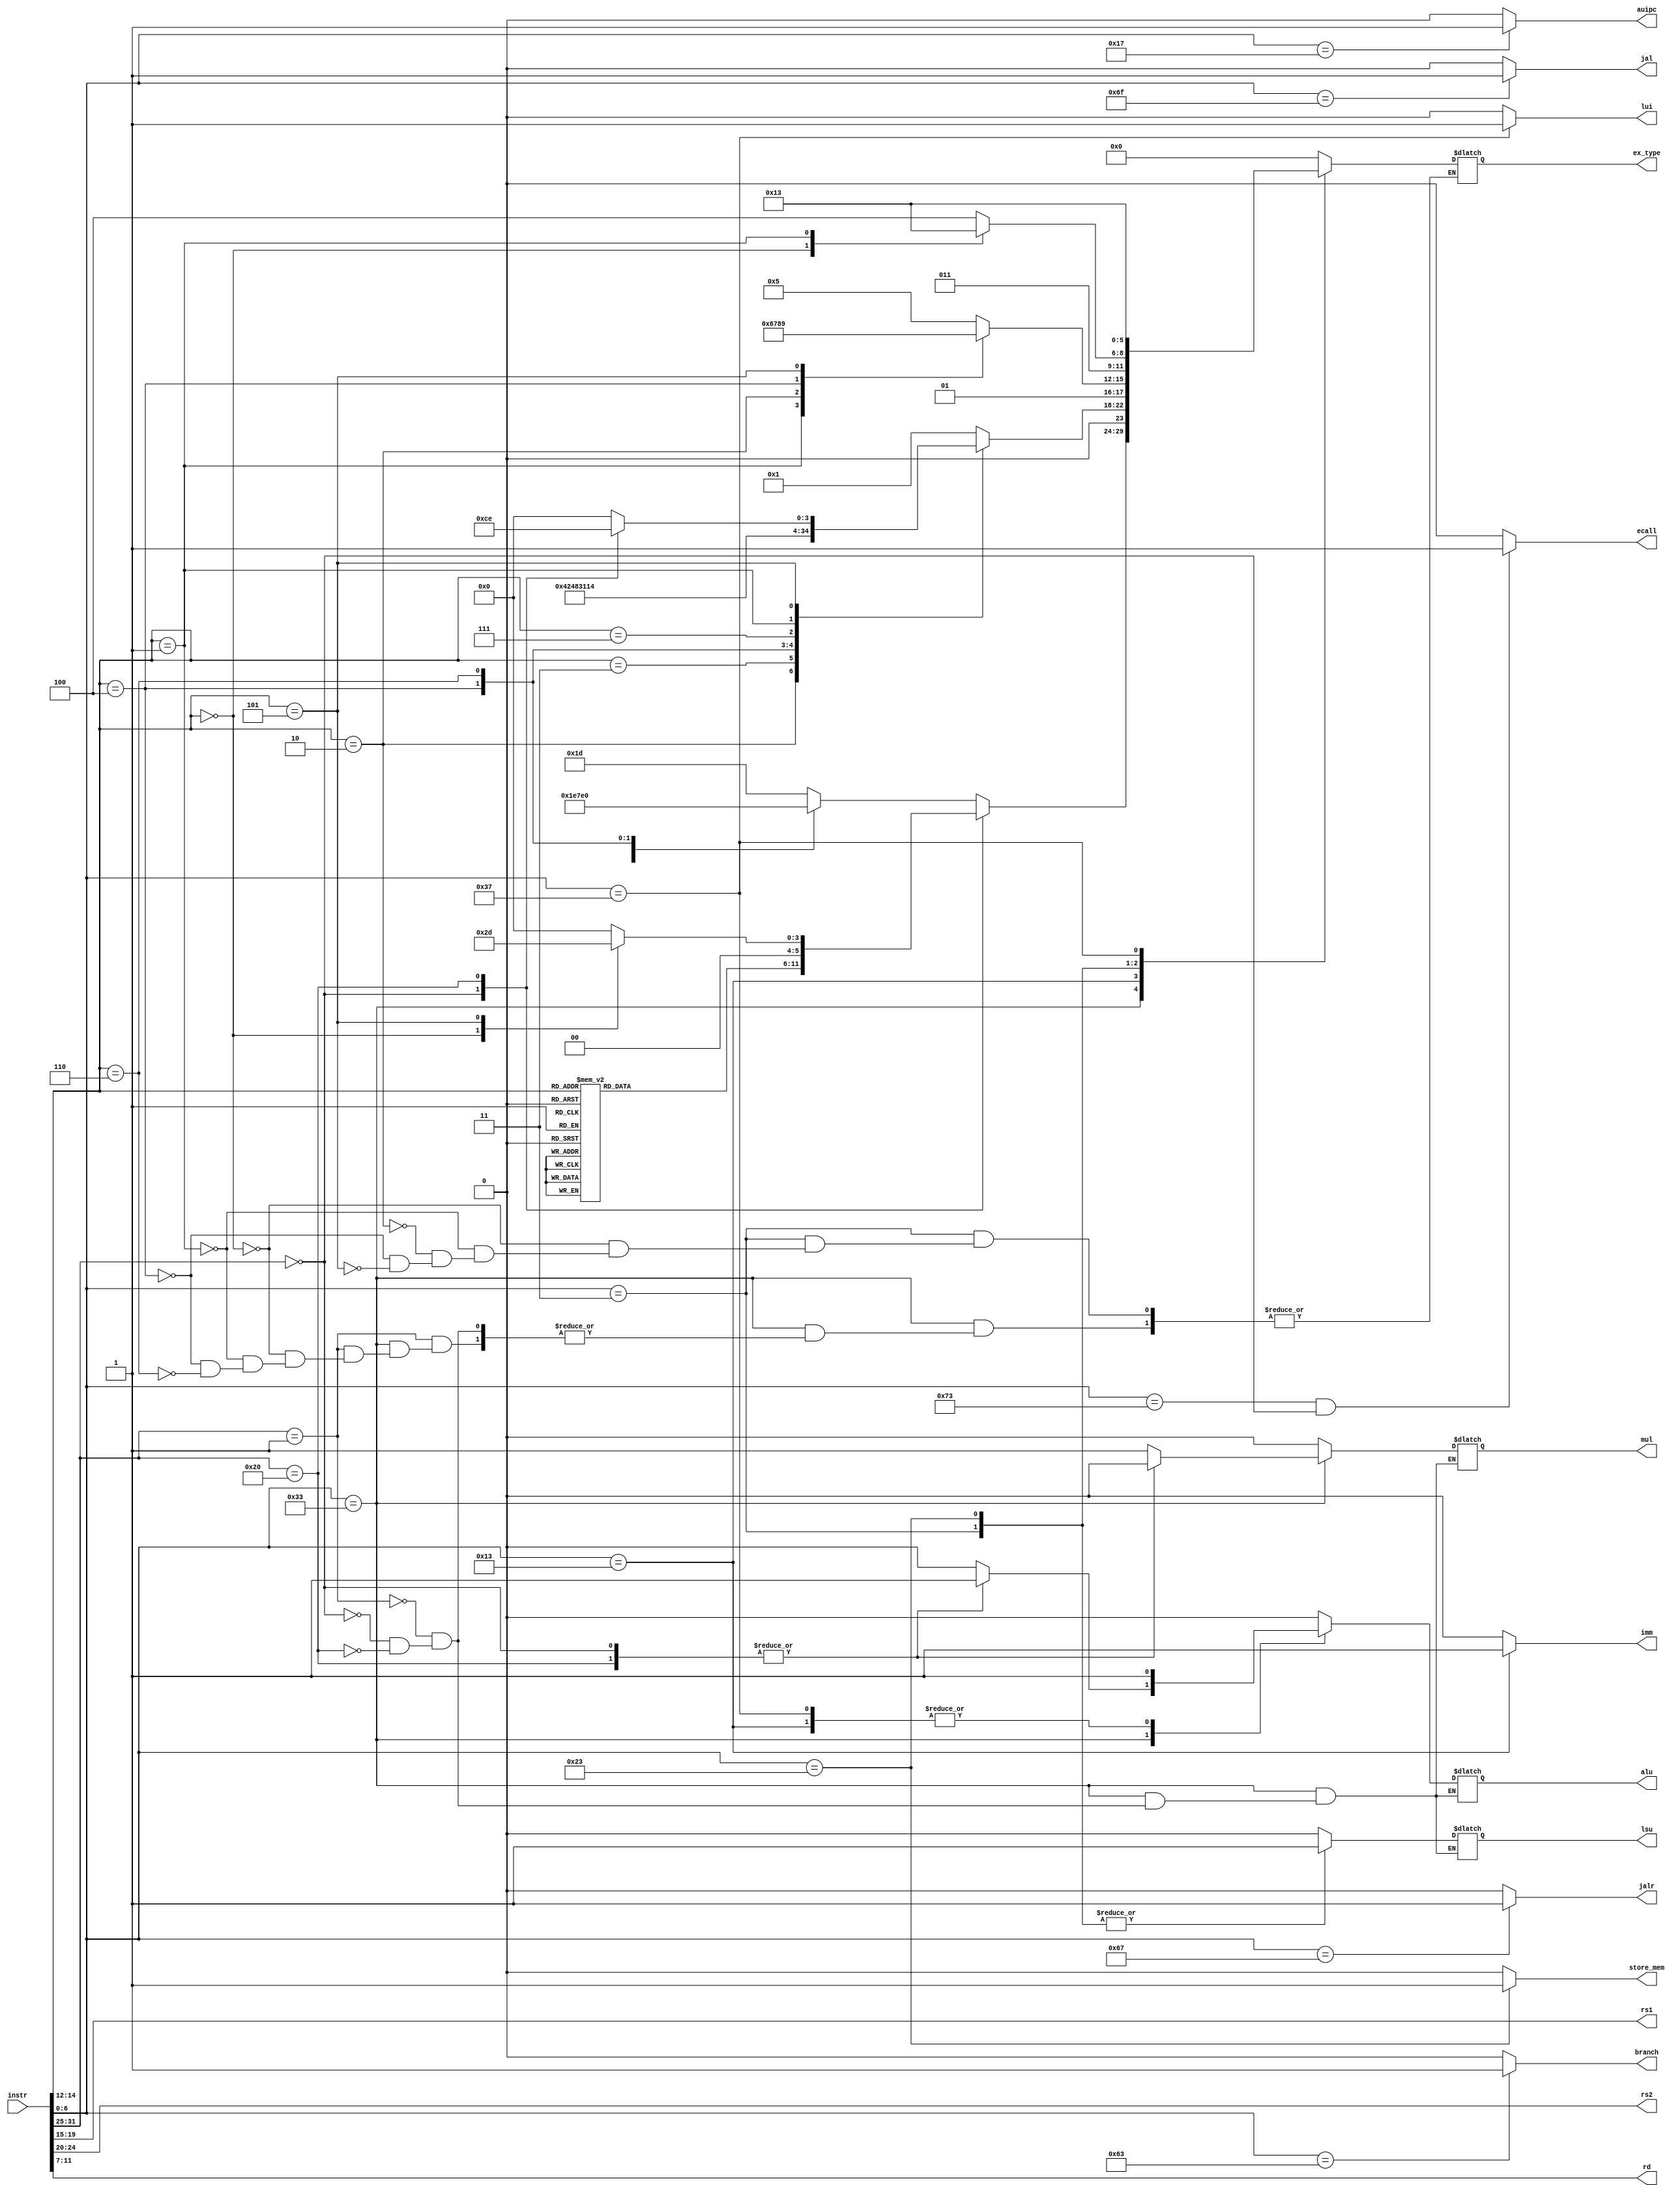

module Instr_Decode(
	// Input signals
	input wire [31:0] instr,

	// Output signals	
	output wire [4:0] rs1,
	output wire [4:0] rs2,
	output wire [4:0] rd,
	output reg alu,
	output reg mul,
	output reg lsu,
	output wire jal,
	output wire jalr,
	output wire branch,
	output wire auipc,
	output reg imm,
	output wire lui,
	output wire ecall,
	output wire store_mem,
	output reg [5:0] ex_type
);

	wire [6:0] opcode = instr[6:0];
	wire [2:0] funct3 = instr[14:12];
	wire [6:0] funct7 = instr[31:25];

	always @(*) begin
		case(opcode)
			7'b0110011: begin // R-type
				imm = 1'b0;
				case(funct7)
					7'b0000001: begin // 
						alu = 1'b0;
						mul = 1'b1;
						lsu = 1'b0;
						case(funct3)
							3'b000: ex_type = 6'd29; // mul
							3'b001: ex_type = 6'd30; // mulh
							3'b100: ex_type = 6'd31; // div
							3'b110: ex_type = 6'd32; // rem
						endcase	
					end
					7'b0000000: begin
						alu = 1'b1;
						mul = 1'b0;
						lsu = 1'b0;
						case(funct3)
							3'b000: ex_type = 6'd0; // add
							3'b001: ex_type = 6'd9; // sll
							3'b010: ex_type = 6'd15; // slt
							3'b011: ex_type = 6'd17; // sltu
							3'b100: ex_type = 6'd7; // xor
							3'b101: ex_type = 6'd11; // srl
							3'b110: ex_type = 6'd5; // or
							3'b111: ex_type = 6'd3; // and
							default: ex_type = 6'd0;
						endcase
					end
					7'b0100000: begin
						alu = 1'b1;
						mul = 1'b0;
						lsu = 1'b0;
						case(funct3)
							3'b000: ex_type = 6'd2; // sub
							3'b101: ex_type = 6'd13; // sra
							default: ex_type = 6'd0;
						endcase
					end
				endcase
			end
			7'b0010011: begin // I-type
				alu = 1'b1;
				mul = 1'b0;
				lsu = 1'b0;
				imm = 1'b1;
				case(funct3)
					3'b000: ex_type = 6'd1; // addi
					3'b010: ex_type = 6'd16; // slti
					3'b011: ex_type = 6'd18; // sltiu
					3'b100: ex_type = 6'd8; // xori
					3'b110: ex_type = 6'd6; // ori
					3'b111: ex_type = 6'd4; // andi
					3'b001: ex_type = 6'd10; // slli
					3'b101: begin
						case(funct7)
							7'b0000000: ex_type = 6'd12; // srli
							7'b0100000: ex_type = 6'd14; // srai;
							default: ex_type = 6'd0;
						endcase	
					end
					default: ex_type = 6'd0;
				endcase
			end
			7'b0000011: begin // Load-type
				alu = 1'b0;
				mul = 1'b0;
				lsu = 1'b1;
				imm = 1'b0;
				case(funct3)
					3'b000: ex_type = 6'd21; // lb
					3'b001: ex_type = 6'd22; // lh
					3'b010: ex_type = 6'd23; // lw
					3'b100: ex_type = 6'd24; // lbu
					3'b101: ex_type = 6'd25; // lhu
				endcase
			end
			7'b0100011: begin // Store-type
				alu = 1'b0;
				mul = 1'b0;
				lsu = 1'b1;
				imm = 1'b0;
				case(funct3)
					3'b000: ex_type = 6'd26; // sb
					3'b001: ex_type = 6'd27; // sh
					default: ex_type = 6'd28; // sw
				endcase
			end
			7'b0110111: begin // Lui
				alu = 1'b1;
				mul = 1'b0;
				lsu = 1'b0;
				ex_type = 6'd19;
				imm = 1'b0;
			end
			default: begin
				alu = 1'b0;
				mul = 1'b0;
				lsu = 1'b0;
				ex_type = 6'd0;
				imm = 1'b0;
			end
		endcase
	end

	assign rd = instr[11:7];
	assign rs1 = instr[19:15];
	assign rs2 = instr[24:20];
	assign jal = (opcode == 7'b1101111) ? 1'b1 : 1'b0;
	assign jalr = (opcode == 7'b1100111) ? 1'b1 : 1'b0;
	assign branch = (opcode == 7'b1100011) ? 1'b1 : 1'b0;
	assign auipc = (opcode == 7'b0010111) ? 1'b1 : 1'b0;
	assign lui = (opcode == 7'b0110111) ? 1'b1 : 1'b0;
	assign store_mem = (opcode == 7'b0100011) ? 1'b1 : 1'b0;
	assign ecall = ((opcode == 7'b1110011) & (funct7 == 7'd0)) ? 1'b1 : 1'b0;
endmodule